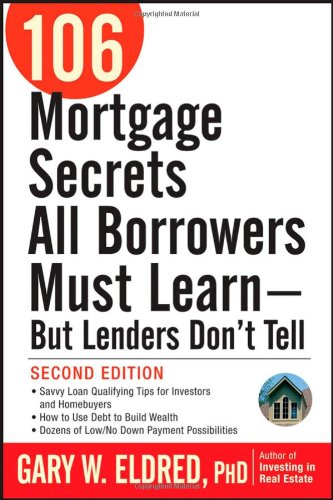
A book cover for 106 Mortgage Secrets All Borrowers Must Learn - But Lenders Don't Tell; Gary W. Eldred; Business & Money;